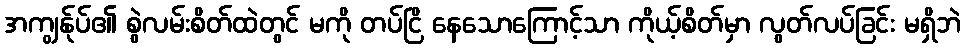
အကျွန်ုပ်၏ စွဲလမ်းစိတ်ထဲတွင် မကို တပ်ငြိ နေသောကြောင့်သာ ကိုယ့်စိတ်မှာ လွတ်လပ်ခြင်း မရှိဘဲ